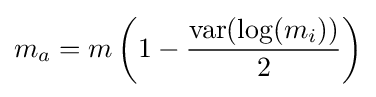
m_{a}=m\left(1-{\frac {\operatorname {var} (\log(m_{i}))}{2}}\right)